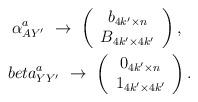
LaTeX: \begin{align*}\alpha^a_{AY'} \ \rightarrow \ \left(\begin{array}{c} b_{4k'\times n}\\ B_{4k'\times 4k'}\end{array}\right), \ \ \\beta^a_{YY'} \ \rightarrow \ \left(\begin{array}{c} 0_{4k'\times n} \\1_{4k'\times 4k'}\end{array} \right).\end{align*}